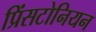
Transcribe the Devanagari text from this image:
प्रिंसटोनियन